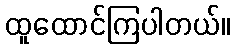
ထူထောင်ကြပါတယ်။